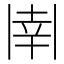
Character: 𫡈